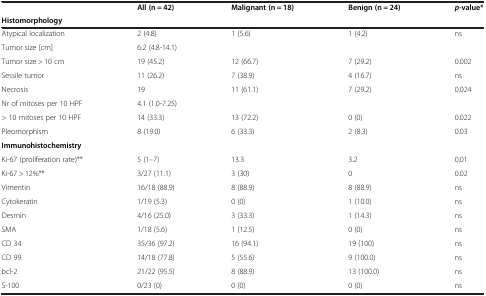
<table><thead><tr><td>[EMPTY_CELL]</td><td><b>All (n = 42)</b></td><td><b>Malignant (n = 18)</b></td><td><b>Benign (n = 24)</b></td><td><b><i>p</i>-value*</b></td></tr><tr><td><b>Histomorphology</b></td><td>[EMPTY_CELL]</td><td>[EMPTY_CELL]</td><td>[EMPTY_CELL]</td><td>[EMPTY_CELL]</td></tr></thead><tbody><tr><td>Atypical localization</td><td>2 (4.8)</td><td>1 (5.6)</td><td>1 (4.2)</td><td>ns</td></tr><tr><td>Tumor size [cm]</td><td>6.2 (4.8-14.1)</td><td>[EMPTY_CELL]</td><td>[EMPTY_CELL]</td><td>[EMPTY_CELL]</td></tr><tr><td>Tumor size &gt; 10 cm</td><td>19 (45.2)</td><td>12 (66.7)</td><td>7 (29.2)</td><td>0.002</td></tr><tr><td>Sessile tumor</td><td>11 (26.2)</td><td>7 (38.9)</td><td>4 (16.7)</td><td>ns</td></tr><tr><td>Necrosis</td><td>19</td><td>11 (61.1)</td><td>7 (29.2)</td><td>0.024</td></tr><tr><td>Nr of mitoses per 10 HPF</td><td>4.1 (1.0-7.25)</td><td>[EMPTY_CELL]</td><td>[EMPTY_CELL]</td><td>[EMPTY_CELL]</td></tr><tr><td>&gt; 10 mitoses per 10 HPF</td><td>14 (33.3)</td><td>13 (72.2)</td><td>0 (0)</td><td>0.022</td></tr><tr><td>Pleomorphism</td><td>8 (19.0)</td><td>6 (33.3)</td><td>2 (8.3)</td><td>0.03</td></tr><tr><td><b>Immunohistochemistry</b></td><td>[EMPTY_CELL]</td><td>[EMPTY_CELL]</td><td>[EMPTY_CELL]</td><td>[EMPTY_CELL]</td></tr><tr><td>Ki-67 (proliferation rate)**</td><td>5 (1–7)</td><td>13.3</td><td>3.2</td><td>0.01</td></tr><tr><td>Ki-67 &gt; 12%**</td><td>3/27 (11.1)</td><td>3 (30)</td><td>0</td><td>0.02</td></tr><tr><td>Vimentin</td><td>16/18 (88.9)</td><td>8 (88.9)</td><td>8 (88.9)</td><td>ns</td></tr><tr><td>Cytokeratin</td><td>1/19 (5.3)</td><td>0 (0)</td><td>1 (10.0)</td><td>ns</td></tr><tr><td>Desmin</td><td>4/16 (25.0)</td><td>3 (33.3)</td><td>1 (14.3)</td><td>ns</td></tr><tr><td>SMA</td><td>1/18 (5.6)</td><td>1 (12.5)</td><td>0 (0)</td><td>ns</td></tr><tr><td>CD 34</td><td>35/36 (97.2)</td><td>16 (94.1)</td><td>19 (100)</td><td>ns</td></tr><tr><td>CD 99</td><td>14/18 (77.8)</td><td>5 (55.6)</td><td>9 (100.0)</td><td>ns</td></tr><tr><td>bcl-2</td><td>21/22 (95.5)</td><td>8 (88.9)</td><td>13 (100.0)</td><td>ns</td></tr><tr><td>S-100</td><td>0/23 (0)</td><td>0 (0)</td><td>0 (0)</td><td>ns</td></tr></tbody></table>